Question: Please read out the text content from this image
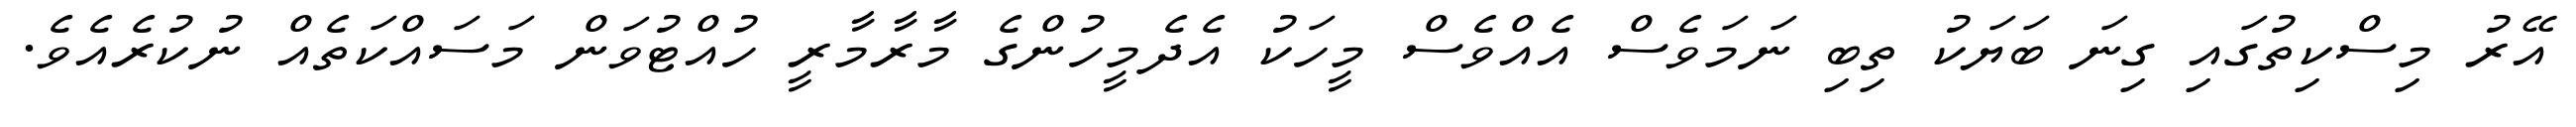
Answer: އޭރު މިސްކިތުގައި ގިނަ ބަޔަކު ތިބި ނަމަވެސް އެއްވެސް މީހަކު އެދެމީހުންގެ މާރާމާރީ ހުއްޓުވަން މަސައްކަތެއް ނުކުރެއެވެ.